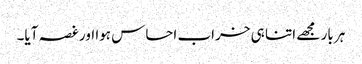
ہر بار مجھے اتنا ہی خراب احساس ہوا اور غصہ آیا۔